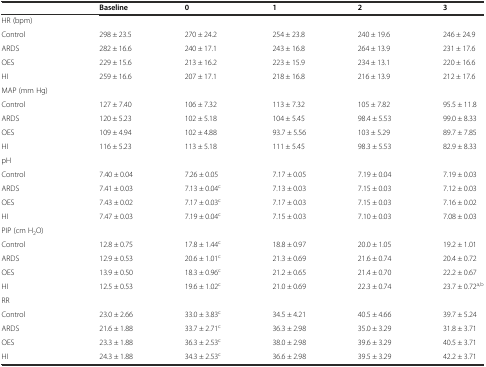
<table><thead><tr><td></td><td><b>Baseline</b></td><td><b>0</b></td><td><b>1</b></td><td><b>2</b></td><td><b>3</b></td></tr></thead><tbody><tr><td>HR (bpm)</td><td></td><td></td><td></td><td></td><td></td></tr><tr><td>Control</td><td>298 ± 23.5</td><td>270 ± 24.2</td><td>254 ± 23.8</td><td>240 ± 19.6</td><td>246 ± 24.9</td></tr><tr><td>ARDS</td><td>282 ± 16.6</td><td>240 ± 17.1</td><td>243 ± 16.8</td><td>264 ± 13.9</td><td>231 ± 17.6</td></tr><tr><td>OES</td><td>229 ± 15.6</td><td>213 ± 16.2</td><td>223 ± 15.9</td><td>234 ± 13.1</td><td>220 ± 16.6</td></tr><tr><td>HI</td><td>259 ± 16.6</td><td>207 ± 17.1</td><td>218 ± 16.8</td><td>216 ± 13.9</td><td>212 ± 17.6</td></tr><tr><td>MAP (mm Hg)</td><td></td><td></td><td></td><td></td><td></td></tr><tr><td>Control</td><td>127 ± 7.40</td><td>106 ± 7.32</td><td>113 ± 7.32</td><td>105 ± 7.82</td><td>95.5 ± 11.8</td></tr><tr><td>ARDS</td><td>120 ± 5.23</td><td>102 ± 5.18</td><td>104 ± 5.45</td><td>98.4 ± 5.53</td><td>99.0 ± 8.33</td></tr><tr><td>OES</td><td>109 ± 4.94</td><td>102 ± 4.88</td><td>93.7 ± 5.56</td><td>103 ± 5.29</td><td>89.7 ± 7.85</td></tr><tr><td>HI</td><td>116 ± 5.23</td><td>113 ± 5.18</td><td>111 ± 5.45</td><td>98.3 ± 5.53</td><td>82.9 ± 8.33</td></tr><tr><td>pH</td><td></td><td></td><td></td><td></td><td></td></tr><tr><td>Control</td><td>7.40 ± 0.04</td><td>7.26 ± 0.05</td><td>7.17 ± 0.05</td><td>7.19 ± 0.04</td><td>7.19 ± 0.03</td></tr><tr><td>ARDS</td><td>7.41 ± 0.03</td><td>7.13 ± 0.04<sup>c</sup></td><td>7.13 ± 0.03</td><td>7.15 ± 0.03</td><td>7.12 ± 0.03</td></tr><tr><td>OES</td><td>7.43 ± 0.02</td><td>7.17 ± 0.03<sup>c</sup></td><td>7.17 ± 0.03</td><td>7.15 ± 0.03</td><td>7.16 ± 0.02</td></tr><tr><td>HI</td><td>7.47 ± 0.03</td><td>7.19 ± 0.04<sup>c</sup></td><td>7.15 ± 0.03</td><td>7.10 ± 0.03</td><td>7.08 ± 0.03</td></tr><tr><td>PIP (cm H<sub>2</sub>O)</td><td></td><td></td><td></td><td></td><td></td></tr><tr><td>Control</td><td>12.8 ± 0.75</td><td>17.8 ± 1.44<sup>c</sup></td><td>18.8 ± 0.97</td><td>20.0 ± 1.05</td><td>19.2 ± 1.01</td></tr><tr><td>ARDS</td><td>12.9 ± 0.53</td><td>20.6 ± 1.01<sup>c</sup></td><td>21.3 ± 0.69</td><td>21.6 ± 0.74</td><td>20.4 ± 0.72</td></tr><tr><td>OES</td><td>13.9 ± 0.50</td><td>18.3 ± 0.96<sup>c</sup></td><td>21.2 ± 0.65</td><td>21.4 ± 0.70</td><td>22.2 ± 0.67</td></tr><tr><td>HI</td><td>12.5 ± 0.53</td><td>19.6 ± 1.02<sup>c</sup></td><td>21.0 ± 0.69</td><td>22.3 ± 0.74</td><td>23.7 ± 0.72<sup>a,b</sup></td></tr><tr><td>RR</td><td></td><td></td><td></td><td></td><td></td></tr><tr><td>Control</td><td>23.0 ± 2.66</td><td>33.0 ± 3.83<sup>c</sup></td><td>34.5 ± 4.21</td><td>40.5 ± 4.66</td><td>39.7 ± 5.24</td></tr><tr><td>ARDS</td><td>21.6 ± 1.88</td><td>33.7 ± 2.71<sup>c</sup></td><td>36.3 ± 2.98</td><td>35.0 ± 3.29</td><td>31.8 ± 3.71</td></tr><tr><td>OES</td><td>23.3 ± 1.88</td><td>36.3 ± 2.53<sup>c</sup></td><td>38.0 ± 2.98</td><td>39.6 ± 3.29</td><td>40.5 ± 3.71</td></tr><tr><td>HI</td><td>24.3 ± 1.88</td><td>34.3 ± 2.53<sup>c</sup></td><td>36.6 ± 2.98</td><td>39.5 ± 3.29</td><td>42.2 ± 3.71</td></tr></tbody></table>